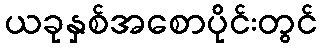
ယခုနှစ်အစောပိုင်းတွင်